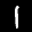
Label: 1